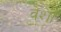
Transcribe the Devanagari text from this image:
वेशों